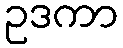
ဥဒကာ